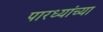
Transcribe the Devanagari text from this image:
पारध्यांच्या